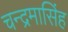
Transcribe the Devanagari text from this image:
चन्द्रमासिंह